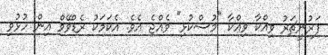
ފަރުނީޗަރު ވިއްކާ ވިއްކާ "މުސްކުޅި" ވެއްޖެ އެވެ. އެކަމަކު ރެޑްވޭވް އިން ހުޅުވި